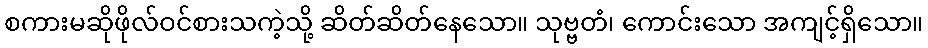
စကားမဆိုဖိုလ်ဝင်စားသကဲ့သို့ ဆိတ်ဆိတ်နေသော။ သုဗ္ဗတံ၊ ကောင်းသော အကျင့်ရှိသော။